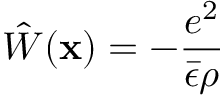
\hat { W } ( { \bf x } ) = - \frac { e ^ { 2 } } { \bar { \epsilon } \rho }